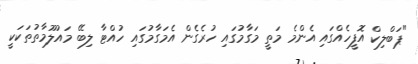
"ޕަބްލިކް އޮފީހެއްގައި އެންމެ މަތީ މަގާމުގައި ހުރެގެން އެމަގާމުގައި ހުއްޓާ ލިބޭ މައުލޫމާތުތަކަކީ